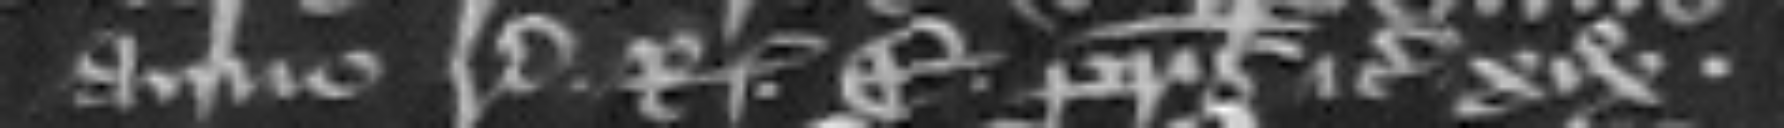
anno regni regis E. patris etc.  xix